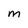
Character: m